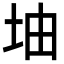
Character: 𡊡